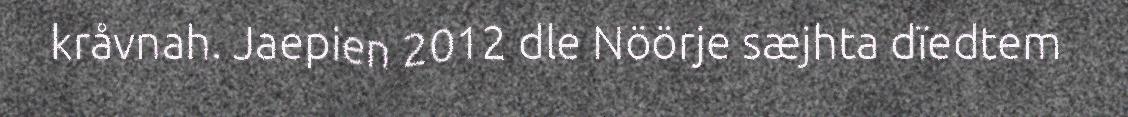
kråvnah. Jaepien 2012 dle Nöörje sæjhta dïedtem